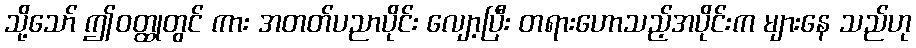
သို့သော် ဤဝတ္ထုတွင် ကား အတတ်ပညာပိုင်း လျော့ပြီး တရားဟောသည့်အပိုင်းက များနေ သည်ဟု